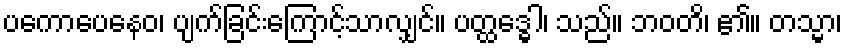
ပကောပေနေဝ၊ ပျက်ခြင်းကြောင့်သာလျှင်။ ပတ္ထဒ္ဓေါ၊ သည်။ ဘဝတိ၊ ၏။ တသ္မာ၊